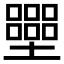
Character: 𡓿